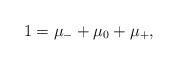
LaTeX: \begin{align*}1=\mu_{-}+\mu_0+\mu_{+},\end{align*}